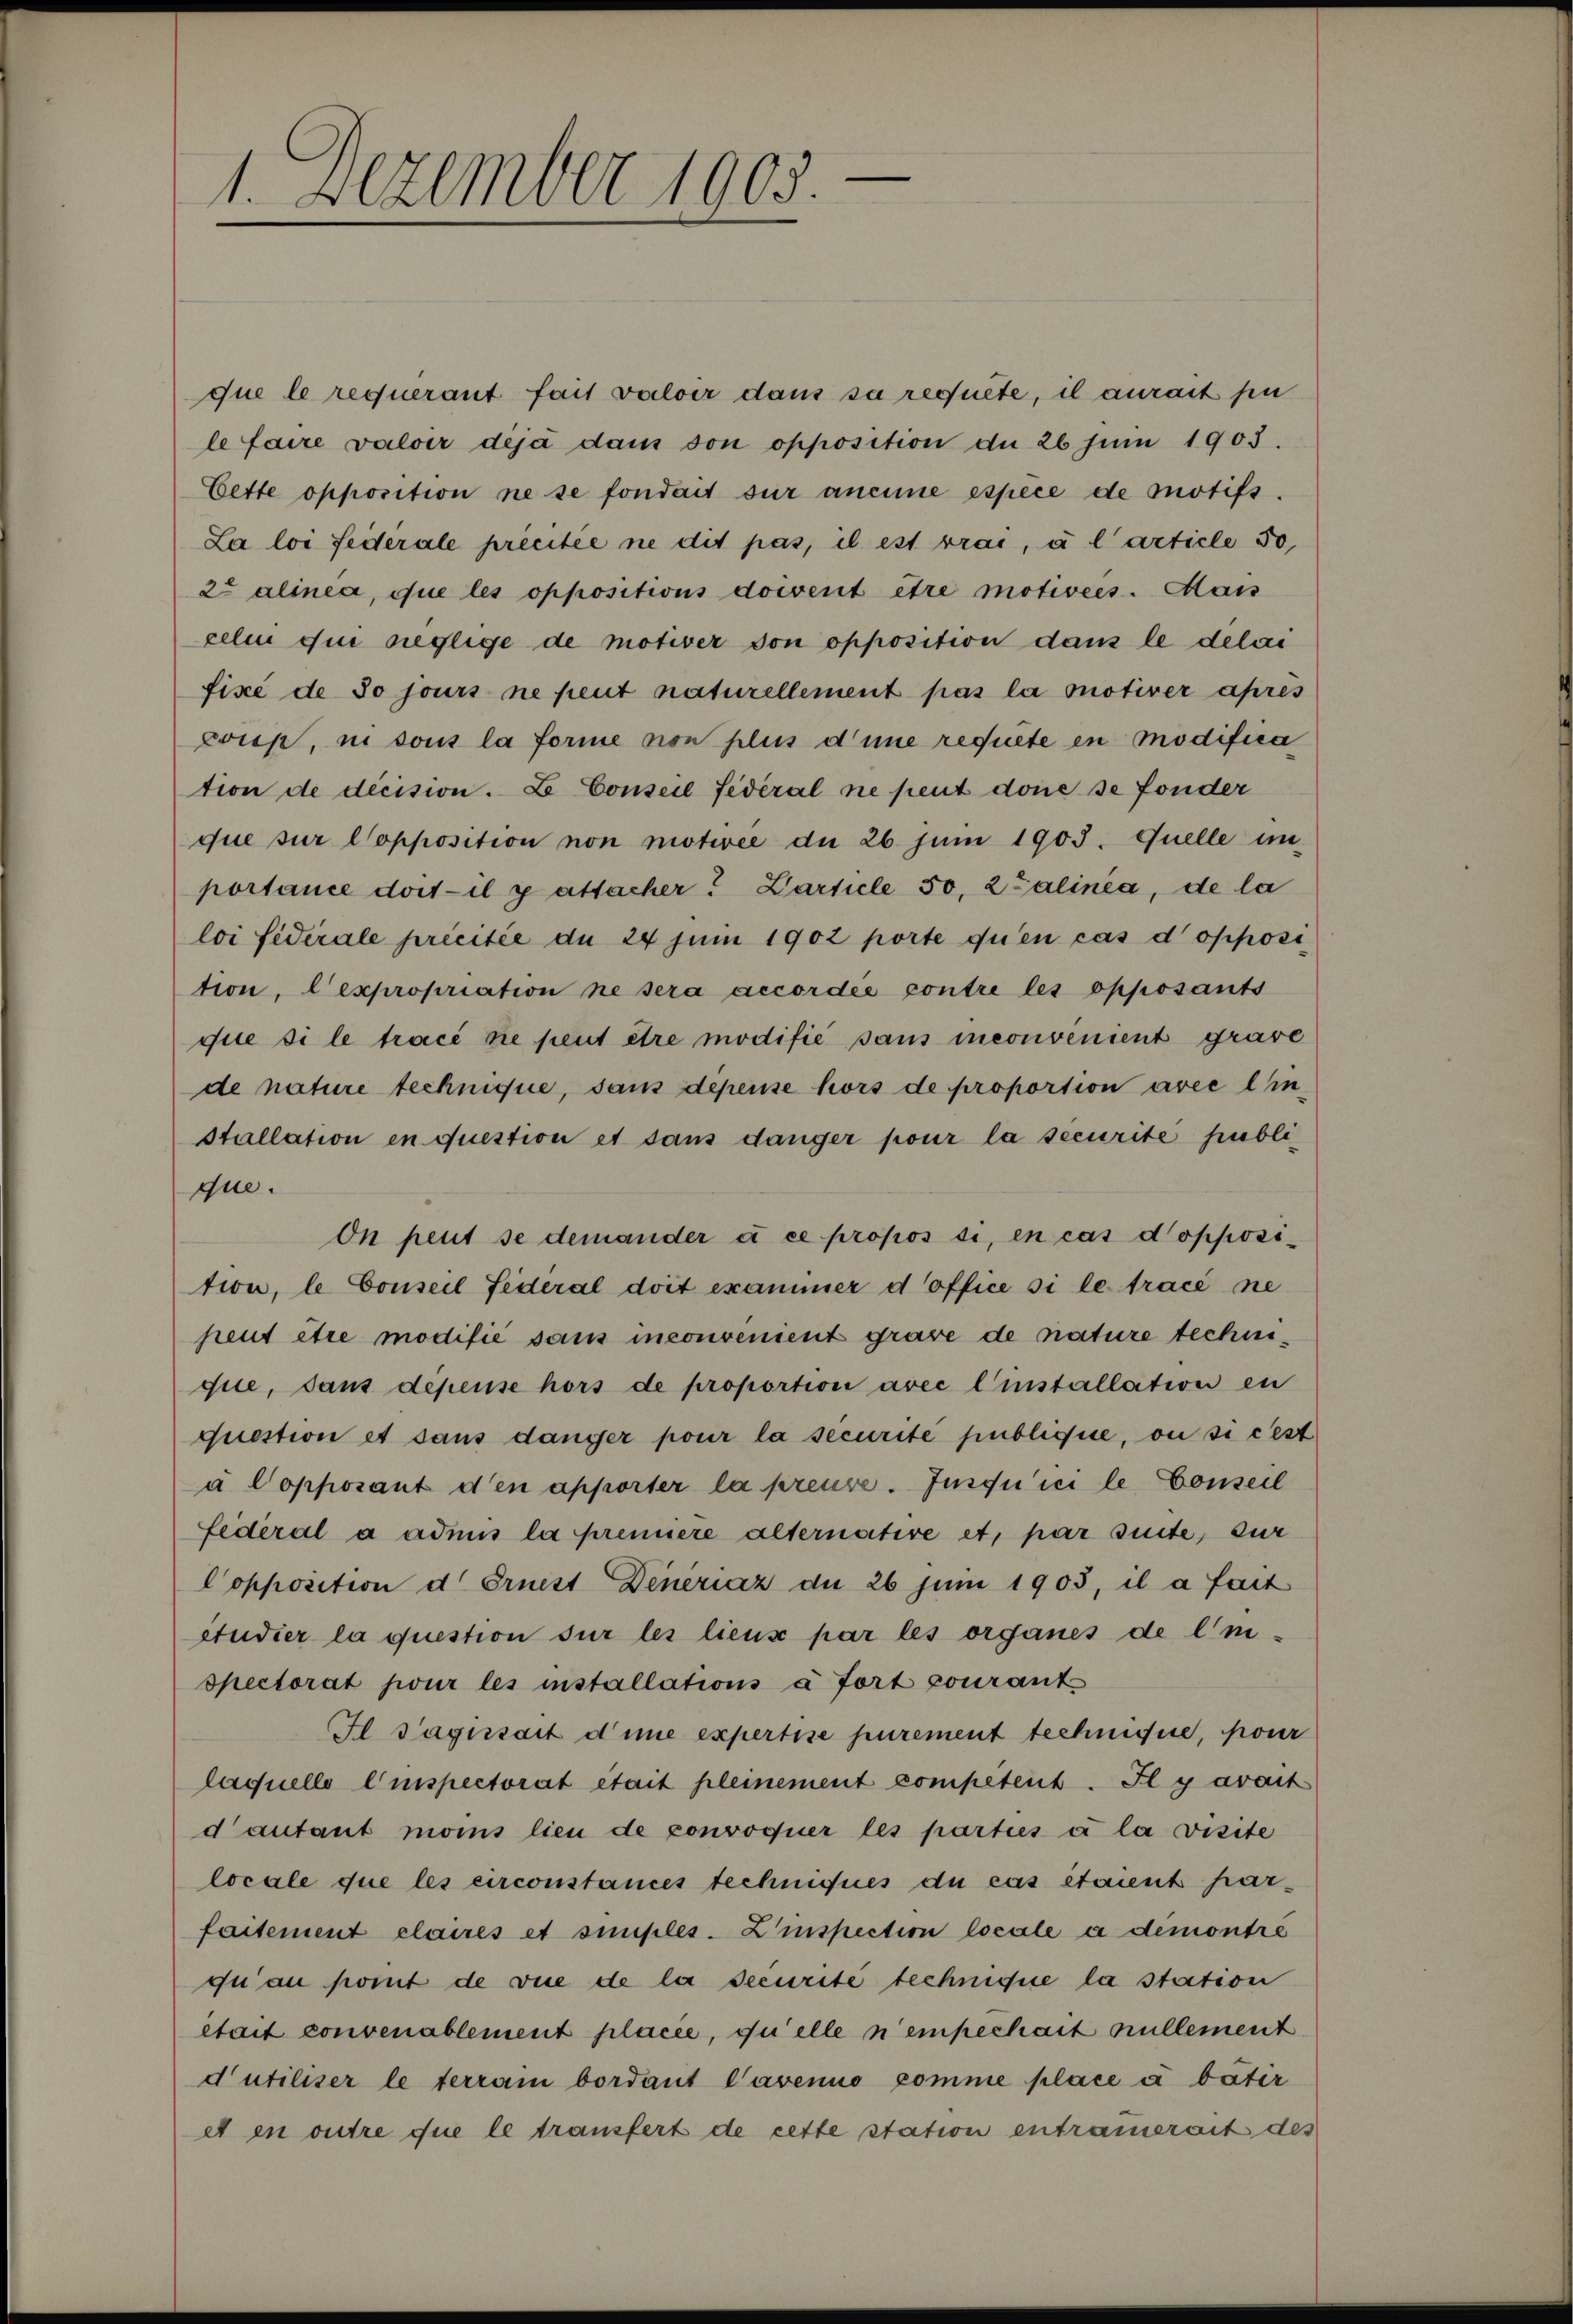
1. Dezember 1903.

que le requerant fait valoir dans sa rechnete, il aurait sin
le faire valoir deja dans von opposition du 26 Juni 1903.
Cette opposition ne se fondait sur aneine espèce de motifs.
La loi fédérale précitée ne dit pas, il est brai, à l’article 30,
2t alinea, que les oppositions doivent être motivees. Mais
celin qui neglige de motiver von opposition dans le delai
fixé de 30 jours ne peut naturellement pas la motiver après
prieß, in sous la forme non plus d’une requete en modifica
tion de decision. L. Conseil fédéral ne peut done se fonder
que sur Copposition non motivée de 26 Juni 1903. Quelle in
portance dort il y attacher? Darticle 50, 2 Salinea, de la
loi fédérale précisée du 24 Juni 1902 porte qu’en cas dopposi
tion, Cexpropriation ne sera accordée contre les opposants
que si le tracé ne peut être modifié sans meonvenient grave
de nature technique, sans depense hors de proportion avec lin¬
Stallation en question et sans danger pour la securité publique.
On peut se demander et ce propos si, en cas dopposition, le Conseil Federal doit exammer d Office si le tracé ne
peut être modifié sans inconvenient grave de nature techinquie, sans depense hors de proportion avec l’installsition en
question et sans danger pour la securité publique, ou si cest
a Copposant den apporter la preuse. Insquici le Conseil
Lederal a admis la premiere alternative et, par suite, zur
Copposition d. Griest Denériaz du 26 Juni 1903, il a fait
studier la question für les lieus par les organes de limispectorat pour les installations à fort courant
Il Gagissart d’une expertise purement technisse, pour
laquelle Einspectorat était pleinement competent. Il y avait
dautant mois lieu de convoquer les parties à la visite
locale que les circonstances techniques du cas étaient parfaitement claires et simples-Zinspection locale a demontré
quau komt de vue de la securité technique la station
était convenablement placée, quelle nemechait nullement
d’utiliser le terram bordant Cavenio comme place à bätir
et en outre que le transfert de cette station entrauerait des